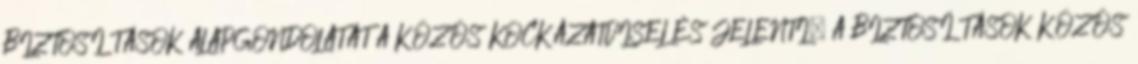
BIZTOSÍTÁSOK ALAPGONDOLATÁT A KÖZÖS KOCKÁZATVISELÉS JELENTI. A BIZTOSÍTÁSOK KÖZÖS